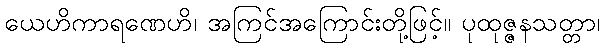
ယေဟိကာရဏေဟိ၊ အကြင်အကြောင်းတို့ဖြင့်။ ပုထုဇ္ဇနသတ္တာ၊